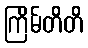
ကြိမ်တိတိ